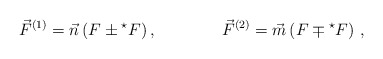
\begin{align*}\vec{F}^{(1)}=\vec{n} \left( F\pm {}^{\star}F \right),\qquad\qquad \vec{F}^{(2)}=\vec{m} \left( F\mp {}^{\star}F \right)\, ,\end{align*}